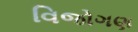
વિજોગણ